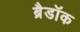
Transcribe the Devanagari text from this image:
ब्रैडॉक